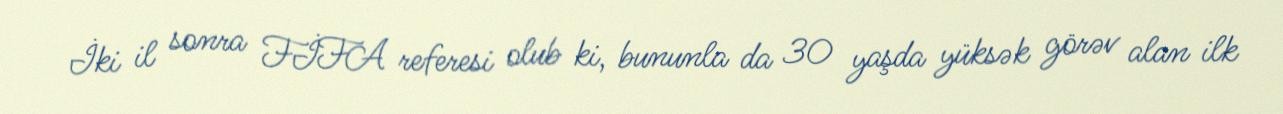
İki il sonra FİFA referesi olub ki, bununla da 30 yaşda yüksək görəv alan ilk